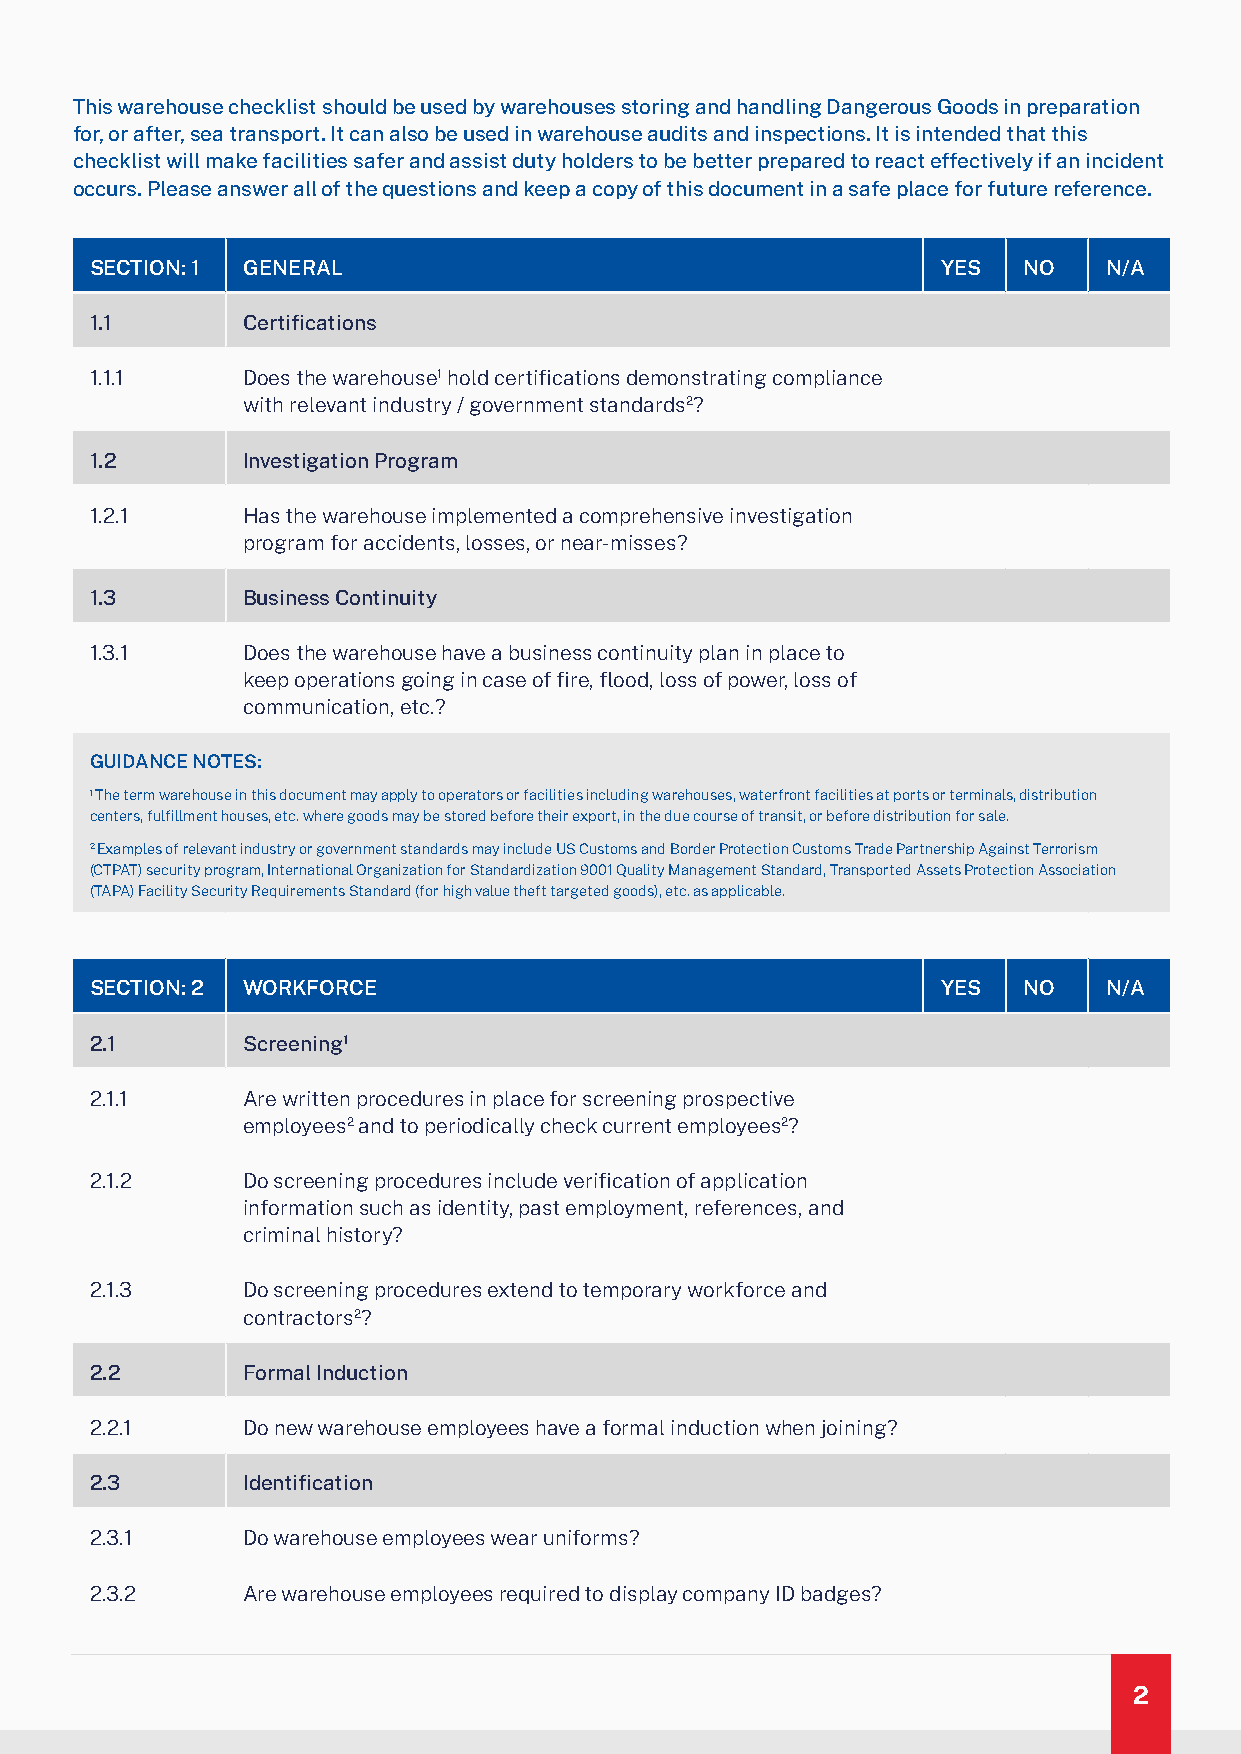
This warehouse checklist should be used by warehouses storing and handling Dangerous Goods in preparation
 for, or after, sea transport. It can also be used in warehouse audits and inspections. It is intended that this
 checklist will make facilities safer and assist duty holders to be better prepared to react effectively if an incident
 occurs. Please answer all of the questions and keep a copy of this document in a safe place for future reference.
 SECTION: 1 GENERAL                                      YES   NO   N/A
 1.1       Certifications
 1.1.1     Does the warehouse1 hold certifications demonstrating compliance
 with relevant industry / government standards2?
 1.2       Investigation Program
 1.2.1     Has the warehouse implemented a comprehensive investigation
 program for accidents, losses, or near-misses?
 1.3       Business Continuity
 1.3.1     Does the warehouse have a business continuity plan in place to
 keep operations going in case of fire, flood, loss of power, loss of
 communication, etc.?
 GUIDANCE NOTES:
 1 The term warehouse in this document may apply to operators or facilities including warehouses, waterfront facilities at ports or terminals, distribution
 centers, fulfillment houses, etc. where goods may be stored before their export, in the due course of transit, or before distribution for sale.
 2 Examples of relevant industry or government standards may include US Customs and Border Protection Customs Trade Partnership Against Terrorism
 (CTPAT) security program, International Organization for Standardization 9001 Quality Management Standard, Transported Assets Protection Association
 (TAPA) Facility Security Requirements Standard (for high value theft targeted goods), etc. as applicable.
 SECTION: 2 WORKFORCE                                    YES   NO   N/A
 2.1       Screening1
 2.1.1     Are written procedures in place for screening prospective
 employees2 and to periodically check current employees2?
 2.1.2     Do screening procedures include verification of application
 information such as identity, past employment, references, and
 criminal history?
 2.1.3     Do screening procedures extend to temporary workforce and
 contractors2?
 2.2       Formal Induction
 2.2.1     Do new warehouse employees have a formal induction when joining?
 2.3       Identification
 2.3.1     Do warehouse employees wear uniforms?
 2.3.2     Are warehouse employees required to display company ID badges?
 2